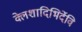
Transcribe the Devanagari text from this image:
क्लेशादिभिर्देवि